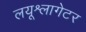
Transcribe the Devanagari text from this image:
लयूश्लागेटर